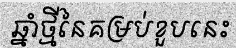
ឆ្នាំថ្មីនៃគម្រប់ខួបនេះ